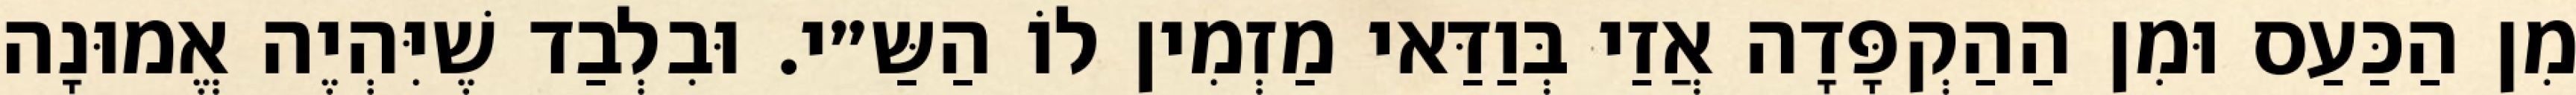
מִן הַכַּעַס וּמִן הַהַקְפָּדָה אֲזַי בְּוַדַּאי מַזְמִין לוֹ הַשַּ״י. וּבִלְבַד שֶׁיִּהְיֶה אֱמוּנָה